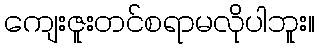
ကျေးဇူးတင်စရာမလိုပါဘူး။